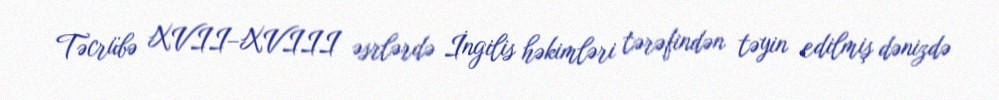
Təcrübə XVII–XVIII əsrlərdə İngilis həkimləri tərəfindən təyin edilmiş dənizdə